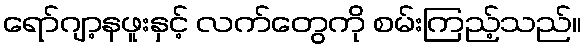
ရော်ဂျာ့နဖူးနှင့် လက်တွေကို စမ်းကြည့်သည်။